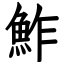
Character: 鮓